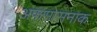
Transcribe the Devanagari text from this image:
अफसोसनाक